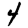
Digit: 4